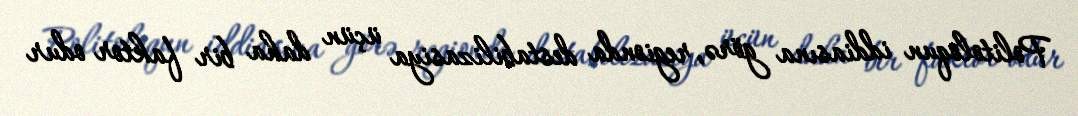
Politoloqun iddiasına görə, regionda destabilizasiya üçün daha bir faktor odur